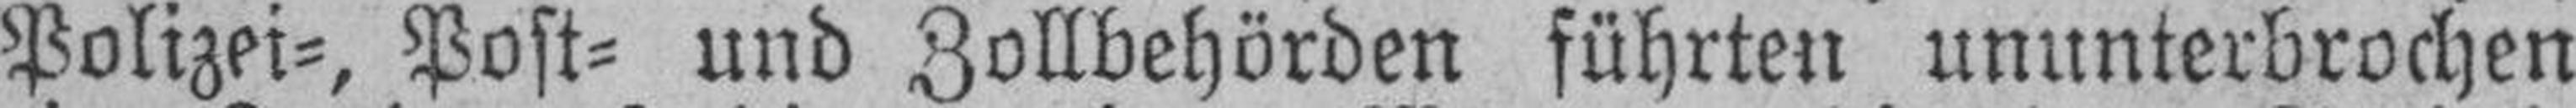
Polizei=, Post= und Zollbehörden führten ununterbrochen